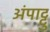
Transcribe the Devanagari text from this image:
अंपाट्टु